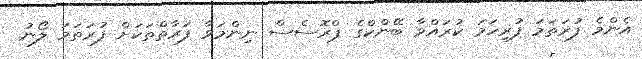
އެންމެ ފުރަތަމަ ފުރިހަމަ ކުރައްވާ ބޭންކްގެ ޕްރޮސެސް ނިންމަވާ ފަރާތްތަކަށް ފުރަތަމަ ލޯނު